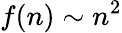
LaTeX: f(n)\sim n^{2}